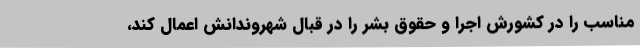
مناسب را در کشورش اجرا و حقوق بشر را در قبال شهروندانش اعمال کند،